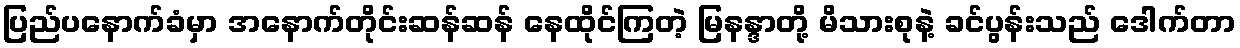
ပြည်ပနောက်ခံမှာ အနောက်တိုင်းဆန်ဆန် နေထိုင်ကြတဲ့ မြနန္ဒာတို့ မိသားစုနဲ့ ခင်ပွန်းသည် ဒေါက်တာ